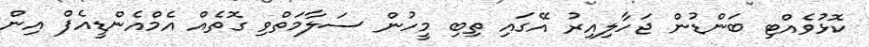
ކޮޅުވެއްޓި ބަންޑުން ޖަހާލިއިރު އޭގައި ތިބި މީހުން ސަލާމަތްވި ގޮތެއް އެމްއެންޑީއެފް އިން